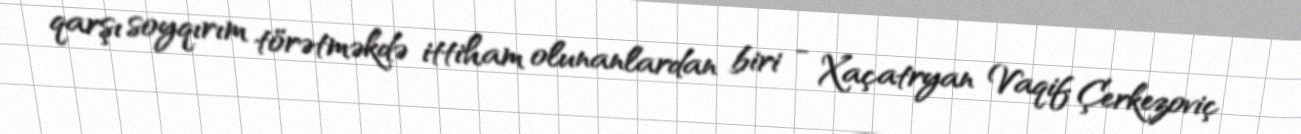
qarşı soyqırım törətməkdə ittiham olunanlardan biri - Xaçatryan Vaqif Çerkezoviç